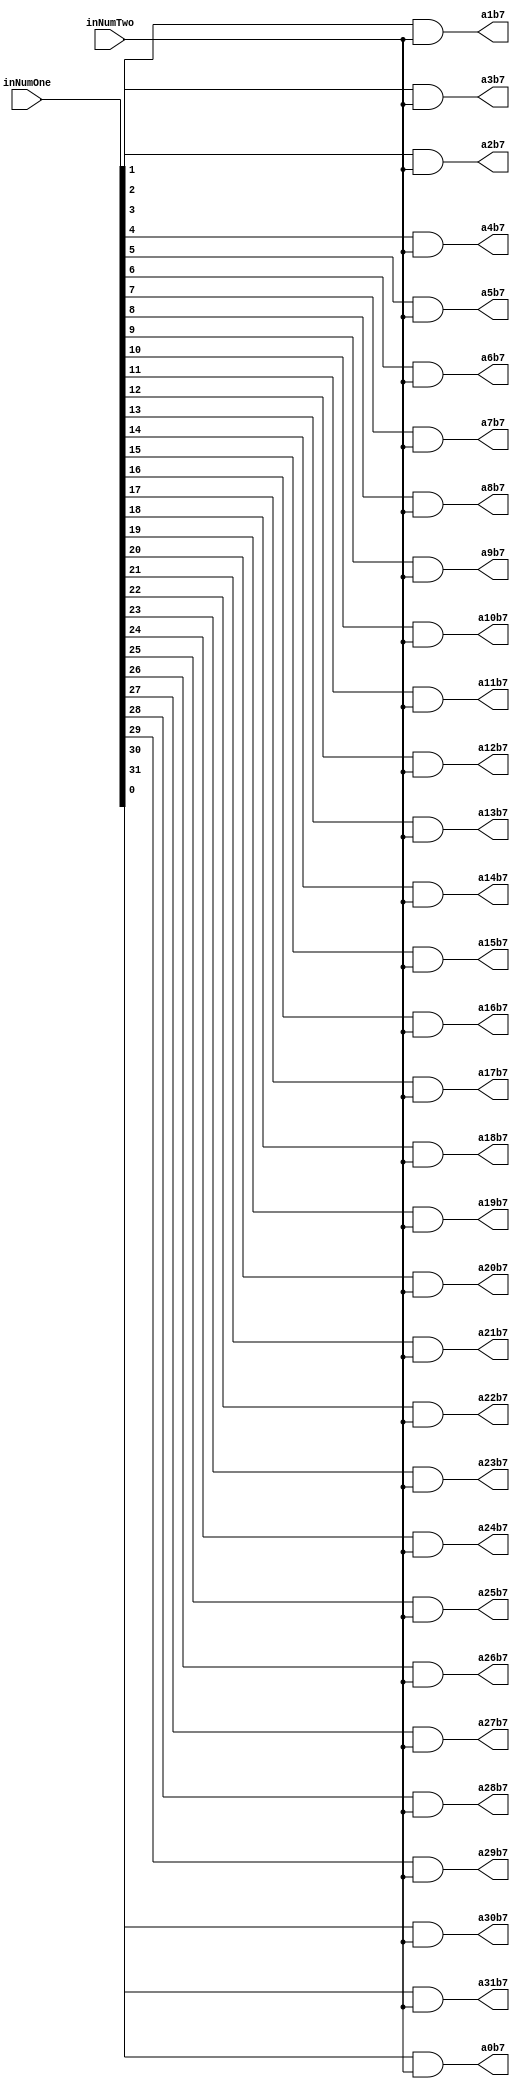
`timescale 1ns / 1ps

module PartialProductRow7(inNumOne,inNumTwo,a0b7,a1b7,a2b7,a3b7,a4b7,a5b7,a6b7,a7b7,a8b7,a9b7,a10b7,a11b7,a12b7,a13b7,a14b7,a15b7,a16b7,a17b7,a18b7,a19b7,a20b7,a21b7,a22b7,a23b7,a24b7,a25b7,a26b7,a27b7,a28b7,a29b7,a30b7,a31b7);
input [31:0] inNumOne;
input inNumTwo;
output reg a0b7,a1b7,a2b7,a3b7,a4b7,a5b7,a6b7,a7b7,a8b7,a9b7,a10b7,a11b7,a12b7,a13b7,a14b7,a15b7,a16b7,a17b7,a18b7,a19b7,a20b7,a21b7,a22b7,a23b7,a24b7,a25b7,a26b7,a27b7,a28b7,a29b7,a30b7,a31b7;

always@(inNumOne,inNumTwo)begin
	a0b7 <= inNumOne[0] & inNumTwo;
	a1b7 <= inNumOne[1] & inNumTwo;
	a2b7 <= inNumOne[2] & inNumTwo;
	a3b7 <= inNumOne[3] & inNumTwo;
	a4b7 <= inNumOne[4] & inNumTwo;
	a5b7 <= inNumOne[5] & inNumTwo;
	a6b7 <= inNumOne[6] & inNumTwo;
	a7b7 <= inNumOne[7] & inNumTwo;
	a8b7 <= inNumOne[8] & inNumTwo;
	a9b7 <= inNumOne[9] & inNumTwo;
	a10b7 <= inNumOne[10] & inNumTwo;
	a11b7 <= inNumOne[11] & inNumTwo;
	a12b7 <= inNumOne[12] & inNumTwo;
	a13b7 <= inNumOne[13] & inNumTwo;
	a14b7 <= inNumOne[14] & inNumTwo;
	a15b7 <= inNumOne[15] & inNumTwo;
	a16b7 <= inNumOne[16] & inNumTwo;
	a17b7 <= inNumOne[17] & inNumTwo;
	a18b7 <= inNumOne[18] & inNumTwo;
	a19b7 <= inNumOne[19] & inNumTwo;
	a20b7 <= inNumOne[20] & inNumTwo;
	a21b7 <= inNumOne[21] & inNumTwo;
	a22b7 <= inNumOne[22] & inNumTwo;
	a23b7 <= inNumOne[23] & inNumTwo;
	a24b7 <= inNumOne[24] & inNumTwo;
	a25b7 <= inNumOne[25] & inNumTwo;
	a26b7 <= inNumOne[26] & inNumTwo;
	a27b7 <= inNumOne[27] & inNumTwo;
	a28b7 <= inNumOne[28] & inNumTwo;
	a29b7 <= inNumOne[29] & inNumTwo;
	a30b7 <= inNumOne[30] & inNumTwo;
	a31b7 <= inNumOne[31] & inNumTwo;
end

endmodule